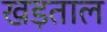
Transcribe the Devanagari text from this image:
खड़ताल